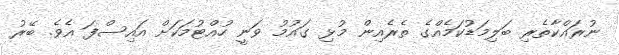
ނުރައްކާތެރި ބަލިމަޑުކަމެއްގެ ތެރެއިން މުޅި ގައުމު ވަނީ ހުއްޓުމަކަށް އައިސްފަ އެވެ. ބޭރު